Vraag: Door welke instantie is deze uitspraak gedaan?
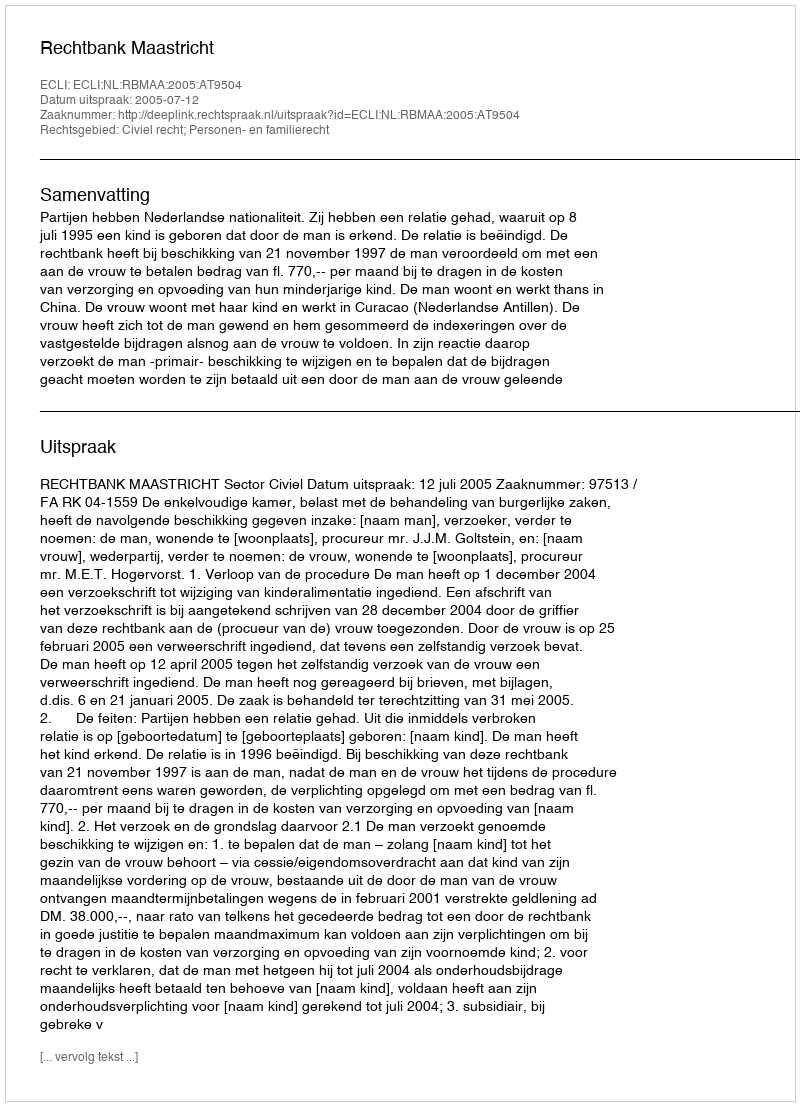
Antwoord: Rechtbank Maastricht